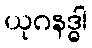
ယုဂနဒ္ဓါ